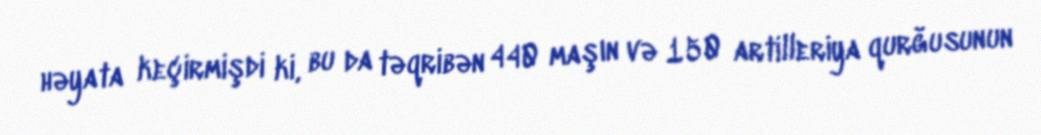
həyata keçirmişdi ki, bu da təqribən 440 maşın və 150 artilleriya qurğusunun